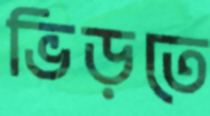
ভিড়তে